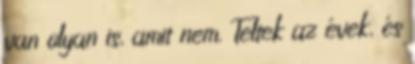
van olyan is, amit nem. Teltek az évek, és